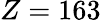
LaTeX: Z=163